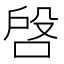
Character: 𠶳